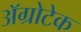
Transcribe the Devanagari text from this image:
अॅग्रोटेक